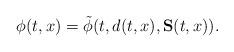
LaTeX: \begin{align*}\phi(t,x)=\tilde{\phi}(t,d(t,x),\bold{S}(t,x)).\end{align*}